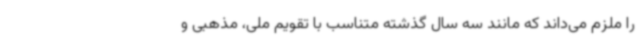
را ملزم می‌داند که مانند سه سال گذشته متناسب با تقویم ملی، مذهبی و